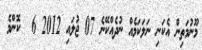
މޫނުމަތިން އެކަނި ނަލަކަމެއް ނުދެއްކޭނެ 07 ޖުލައި 2012 6  ކޮންމެ